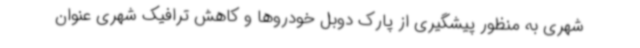
شهری به منظور پیشگیری از پارک دوبل خودروها و کاهش ترافیک شهری عنوان